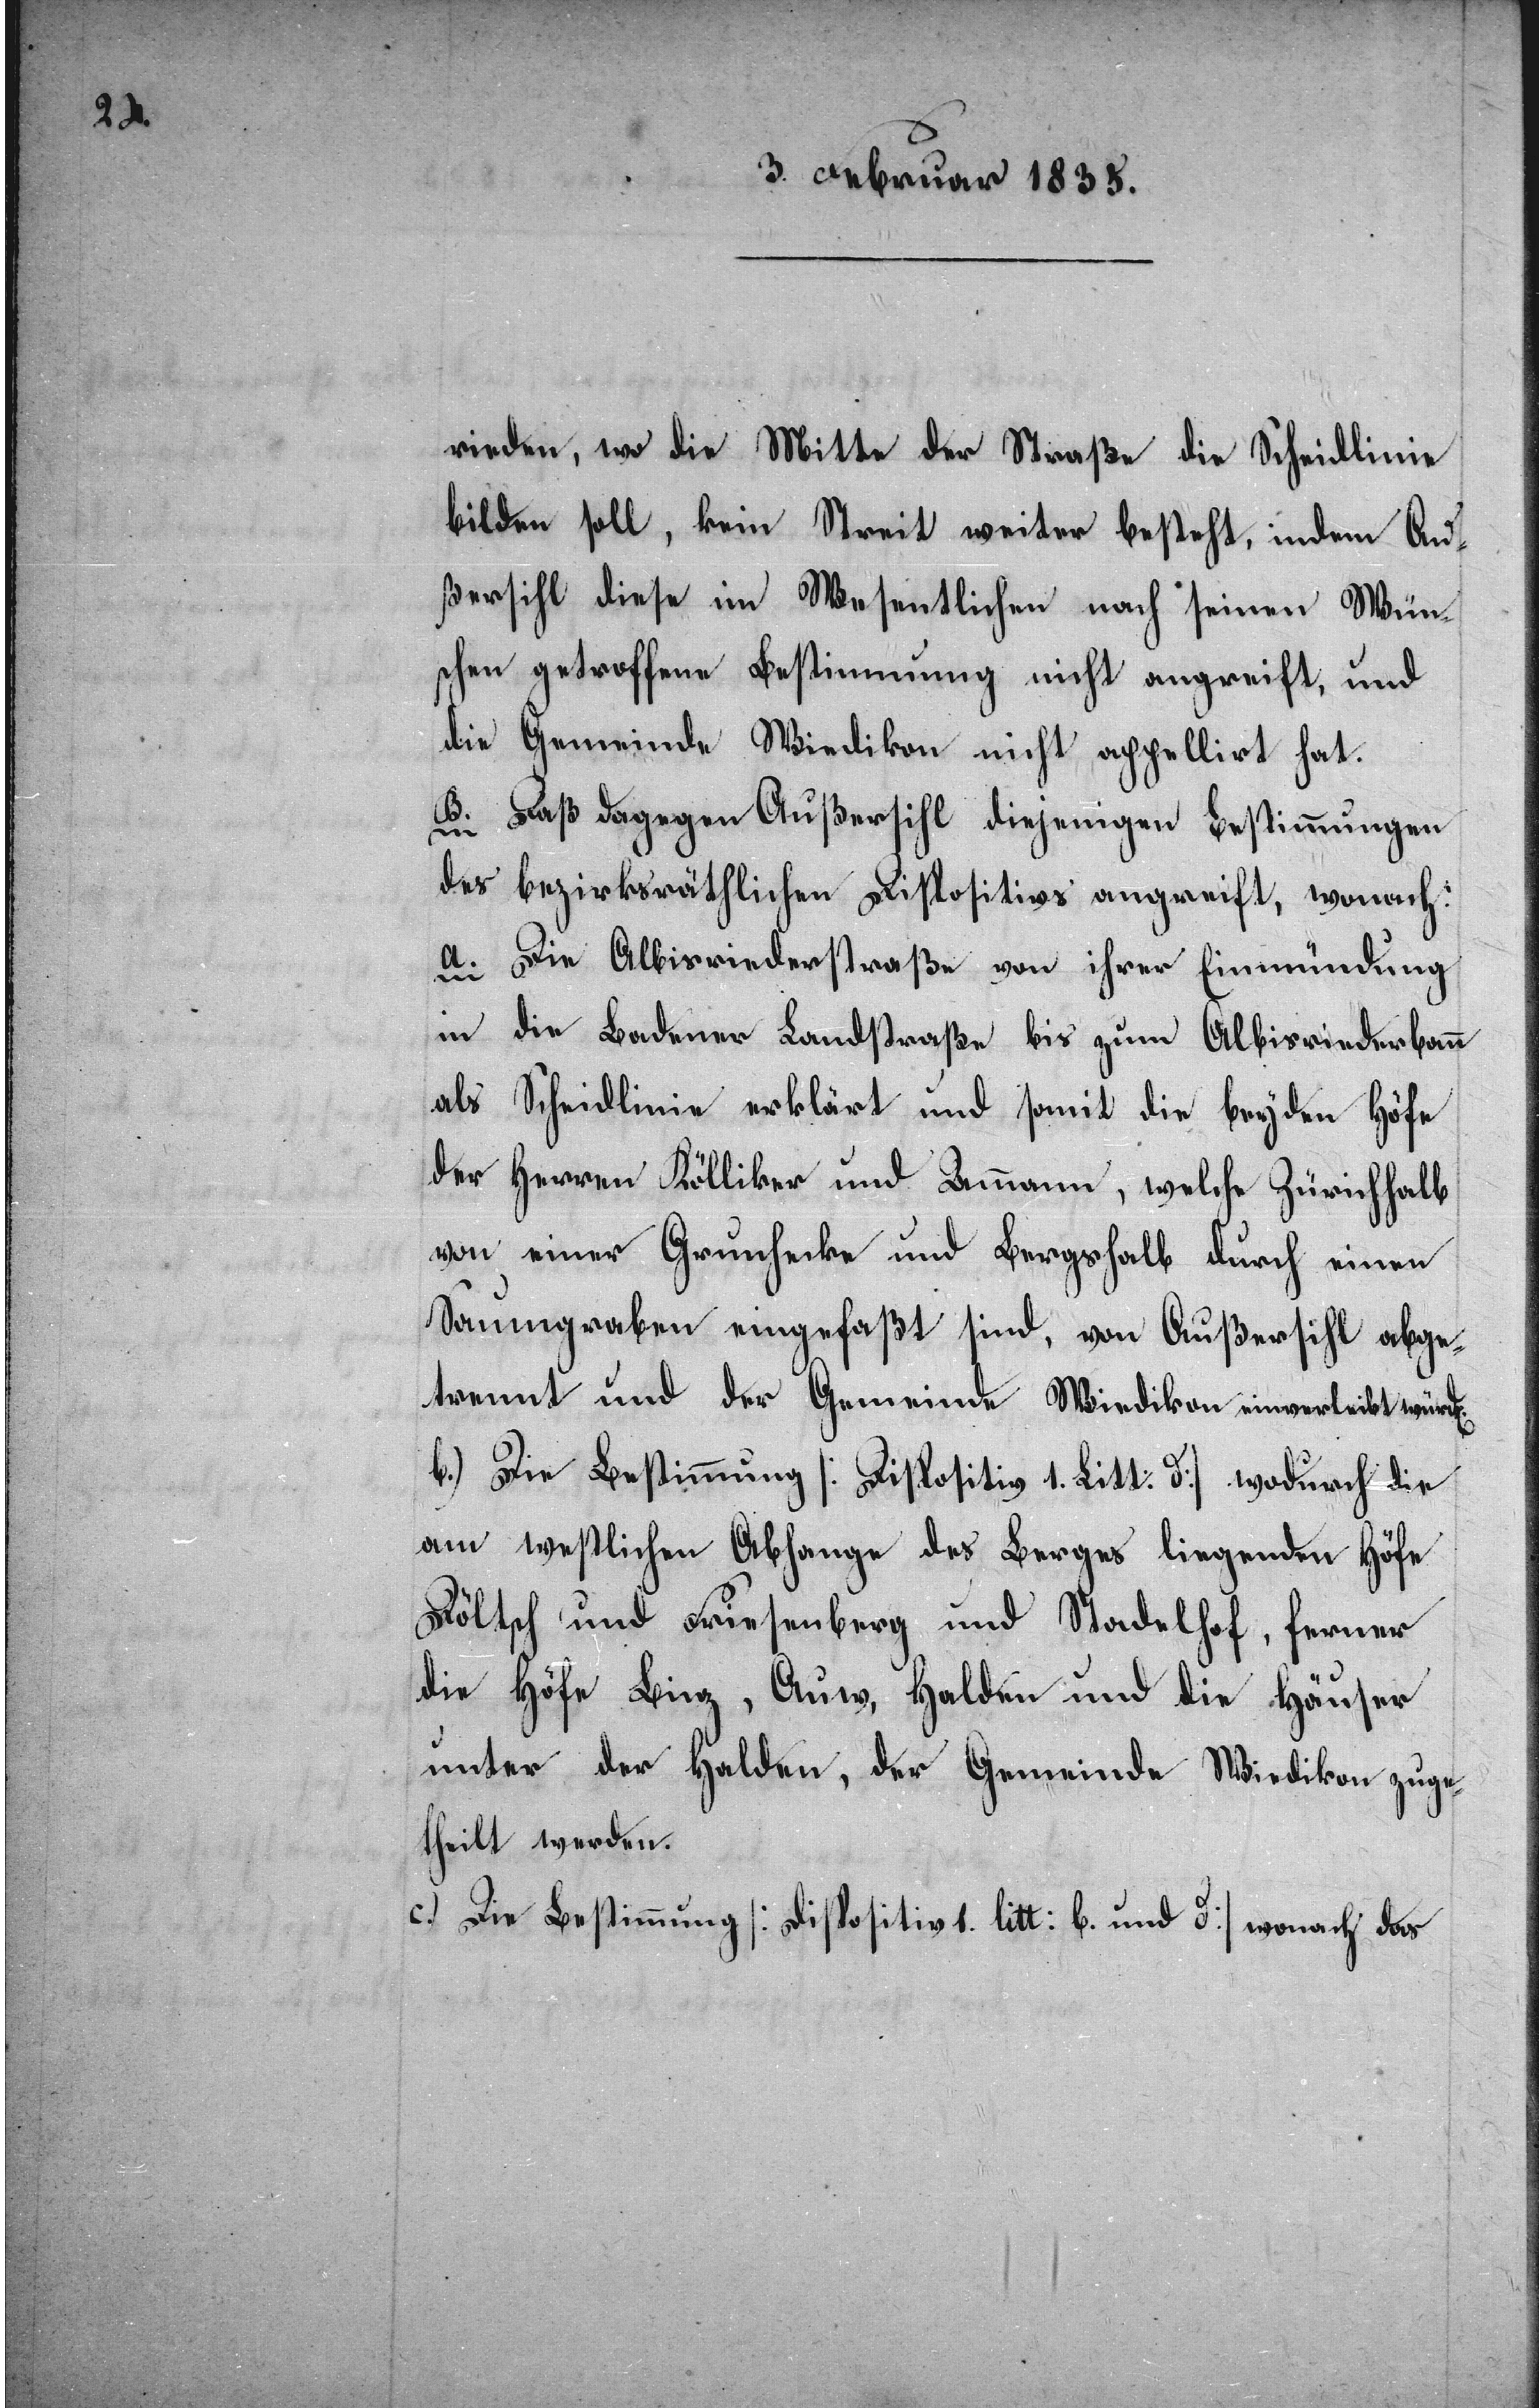
rieden, wo die Mitte der Straße die Scheidlinie
bilden soll, kein Streit weiter besteht, indem Au¬
ßersihl diese im Wesentlichen nach seinen Wün¬
schen getroffene Bestimmung nicht angreift, und
die Gemeinde Wiedikon nicht appellirt hat.
B. Daß dagegen Außersihl diejenigen Bestimmungen
des bezirksräthlichen Dispositivs angreift, wonach:
a. Die Albisriederstraße von ihrer Einmündung
in die Badener Landstraße bis zum Albisriederbann
als Scheidlinie erklärt und somit die beyden Höfe
der Herren Kölliker und Ammann, welche Zürichhalb
von einer Grundhabe und Bergshalb durch einen
Saumgraben eingefaßt sind, von Außersihl abge¬
trennt und der Gemeinde Wiedikon einverleibt würden.
b.) Die Bestimmung [Dispositiv 1. Litt: d] wodurch die
am westlichen Abhange des Berges liegenden Höfe
Döltsch und Friesenberg und Stadelhof, ferner
die Höfe Binz, Auw, Halden und die Häuser
unter der Halden, der Gemeinde Wiedikon zuge¬
theilt werden.
c.) Die Bestimmung [Dispositiv 1. litt: b und d] wonach das